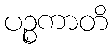
ပဉ္စကာတိ